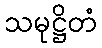
သမုဋ္ဌိတံ